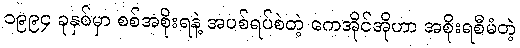
၁၉၉၄ ခုနှစ်မှာ စစ်အစိုးရနဲ့ အပစ်ရပ်စဲတဲ့ ကေအိုင်အိုဟာ အစိုးရစီမံတဲ့